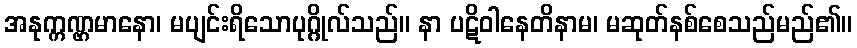
အနုက္ကဏ္ဌမာနော၊ မပျင်းရိသောပုဂ္ဂိုလ်သည်။ နာ ပဋိဝါနေတိနာမ၊ မဆုတ်နစ်စေသည်မည်၏။